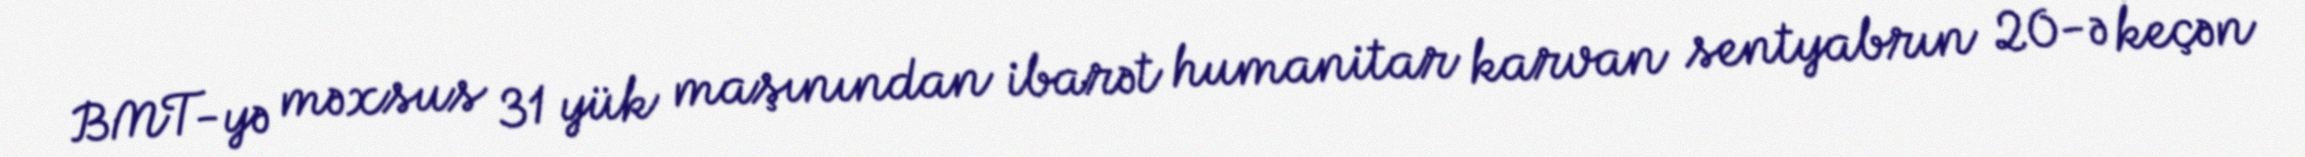
BMT-yə məxsus 31 yük maşınından ibarət humanitar karvan sentyabrın 20-ə keçən